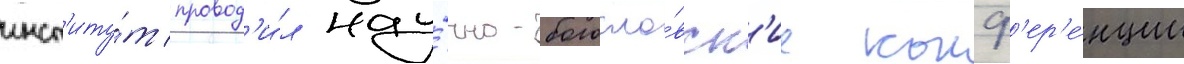
инст'иту́т провод'и́л нау́чно-богосло́вск'ие конф'ер'е́нции